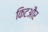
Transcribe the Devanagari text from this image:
किटऔर